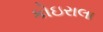
કોઇરાલા